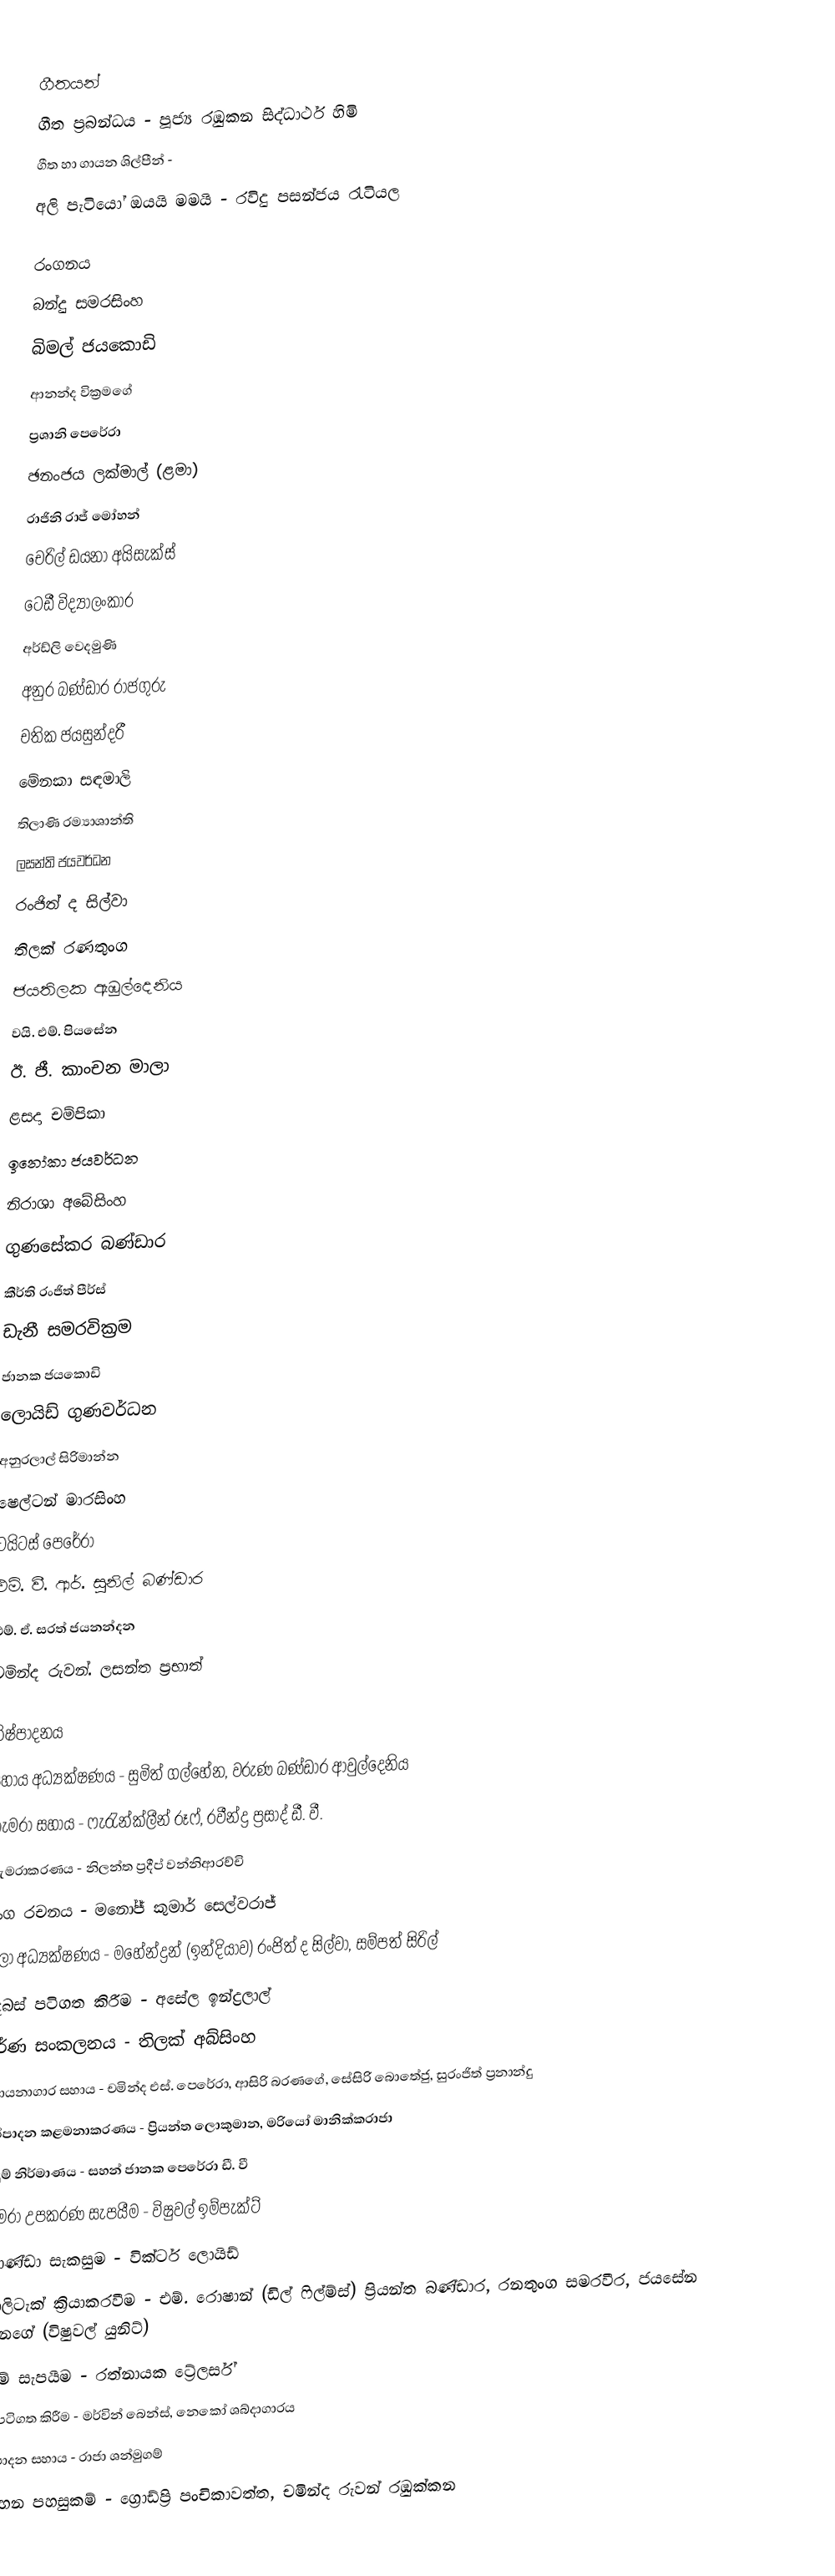

ගීතයන්
ගීත ප්‍රබන්ධය - පූජ්‍ය රඹුකන සිද්ධාර්ථ හිමි
ගීත හා ගායන ශිල්පීන් -
අලි පැටියෝ ඔයයි මමයි - රවිදු පසන්ජය රැටියල

රංගනය
බන්දු සමරසිංහ
බිමල් ජයකොඩි
ආනන්ද වික්‍රමගේ
ප්‍රශානි පෙරේරා
ඡනංජය ලක්මාල් (ළමා)
රාජිනි රාජ් මෝහන්
චෙරිල් ඩයනා අයිසැක්ස්
ටෙඩී විද්‍යාලංකාර
අර්ඩ්ලි වෙදමුණි
අනුර බණ්ඩාර රාජගුරු
චතික ජයසුන්දරී
මේනකා සඳමාලි
තිලාණි රම්‍යාශාන්ති
ලසන්ති ජයවර්ධන
රංජිත් ද සිල්වා
තිලක් රණතුංග
ජයතිලක ඇඹුල්දෙනිය
වයි. එම්. පියසේන
ඊ. ජී. කාංචන මාලා
ළසදා චම්පිකා
ඉනෝකා ජයවර්ධන
නිරාශා අබේසිංහ
ගුණසේකර බණ්ඩාර
කීර්ති රංජිත් පීර්ස්
ඩැනී සමරවික්‍රම
ජානක ජයකොඩි
ලොයිඩ් ගුණවර්ධන
අනුරලාල් සිරිමාන්න
ෂෙල්ටන් මාරසිංහ
ටයිටස් පෙරේරා
එම්. වී. ආර්. සුනිල් බණ්ඩාර
එම්. ඒ. සරත් ජයනන්දන
චමින්ද රුවන්. ලසන්ත ප්‍රභාත්

නිෂ්පාදනය
සහාය අධ්‍යක්ෂණය - සුමිත් ගල්හේන, වරුණ බණ්ඩාර ආවුල්දෙනිය
කැමරා සහාය - ෆැරැන්ක්ලීන් රූෆ්, රවීන්ද්‍ර ප්‍රසාද් ඩී. වී.
කැමරාකරණය - නිලන්ත ප්‍රදීප් වන්නිආරච්චි
අංග රචනය - මනෝජ් කුමාර් සෙල්වරාජ්
කලා අධ්‍යක්ෂණය - මහේන්ද්‍රන් (ඉන්දියාව) රංජිත් ද සිල්වා, සම්පත් සිරිල්
දෙබස් පටිගත කිරීම - අසේල ඉන්ද්‍රලාල්
වර්ණ සංකලනය - තිලක් අබ්සිංහ
රසායනාගාර සහාය - චමින්ද එස්. පෙරේරා, ආසිරි බරණගේ, සේසිරි බොතේජු, සුරංජිත් ප්‍රනාන්දු
නිෂ්පාදන කළමනාකරණය - ප්‍රියන්ත ලොකුමාන, මරියෝ මානික්කරාජා
ඇඳුම් නිර්මාණය - සහන් ජානක පෙරේරා ඩී. වී
කැමරා උපකරණ සැපයීම - විෂුවල් ඉම්පැක්ට්
කොණ්ඩා සැකසුම - වික්ටර් ලොයිඩ්
ඩොලිටැක් ක්‍රියාකරවීම - එම්. රොෂාන් (ඩිල් ෆිල්ම්ස්) ප්‍රියන්ත බණ්ඩාර, රනතුංග සමරවීර, ජයසේන ලියනගේ (විෂුවල් යුනිට්)
ඇඳුම් සැපයීම - රත්නායක ට්‍රේලර්ස්
ගීත පටිගත කිරීම - මර්වින් බෙන්ස්, නෙකෝ ශබ්දාගාරය
නිෂ්පාදන සහාය - රාජා ශන්මුගම්
ප්‍රවාහන පහසුකම් - ග්‍රොඩ්ප්‍රි පංචිකාවත්ත, චමින්ද රුවන් රඹුක්කන